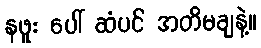
နဖူး ပေါ် ဆံပင် အတိမချနဲ့။